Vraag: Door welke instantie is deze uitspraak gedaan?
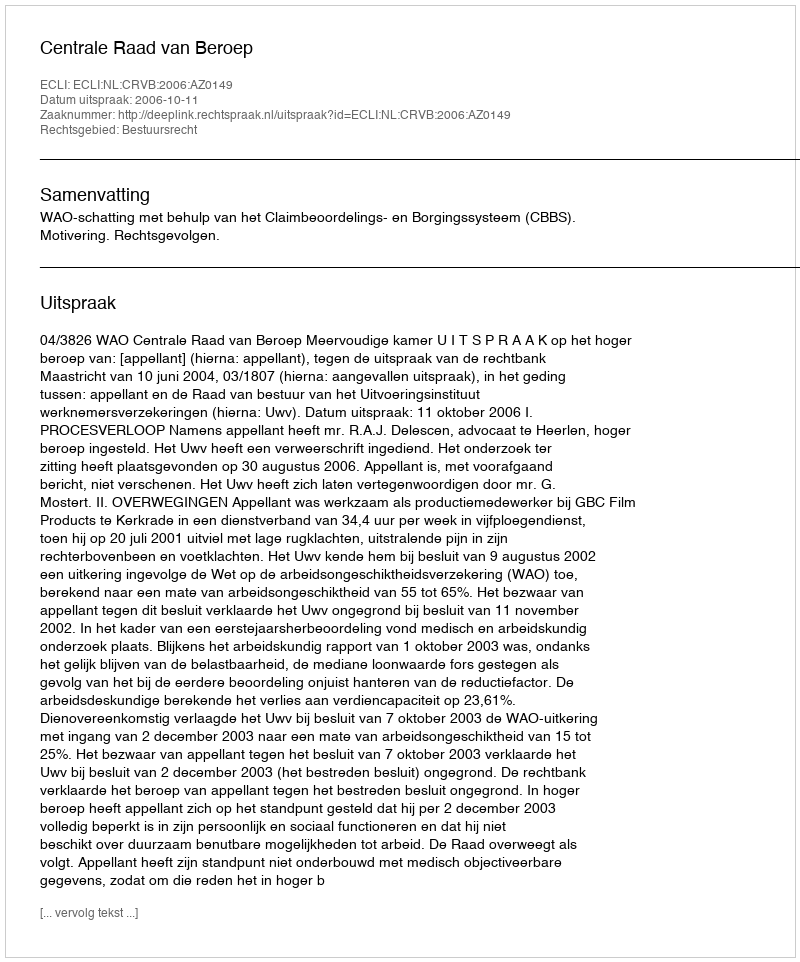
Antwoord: Centrale Raad van Beroep